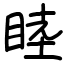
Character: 睦